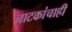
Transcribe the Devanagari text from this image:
नाटकांचाही